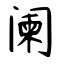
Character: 阑